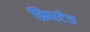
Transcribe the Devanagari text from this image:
क्रिएटेड